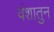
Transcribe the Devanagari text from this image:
वंशातुन